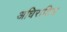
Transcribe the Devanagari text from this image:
अधिराटिय